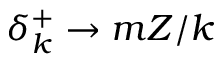
\delta _ { k } ^ { + } \to m Z / k